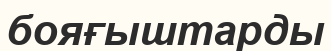
бояғыштарды